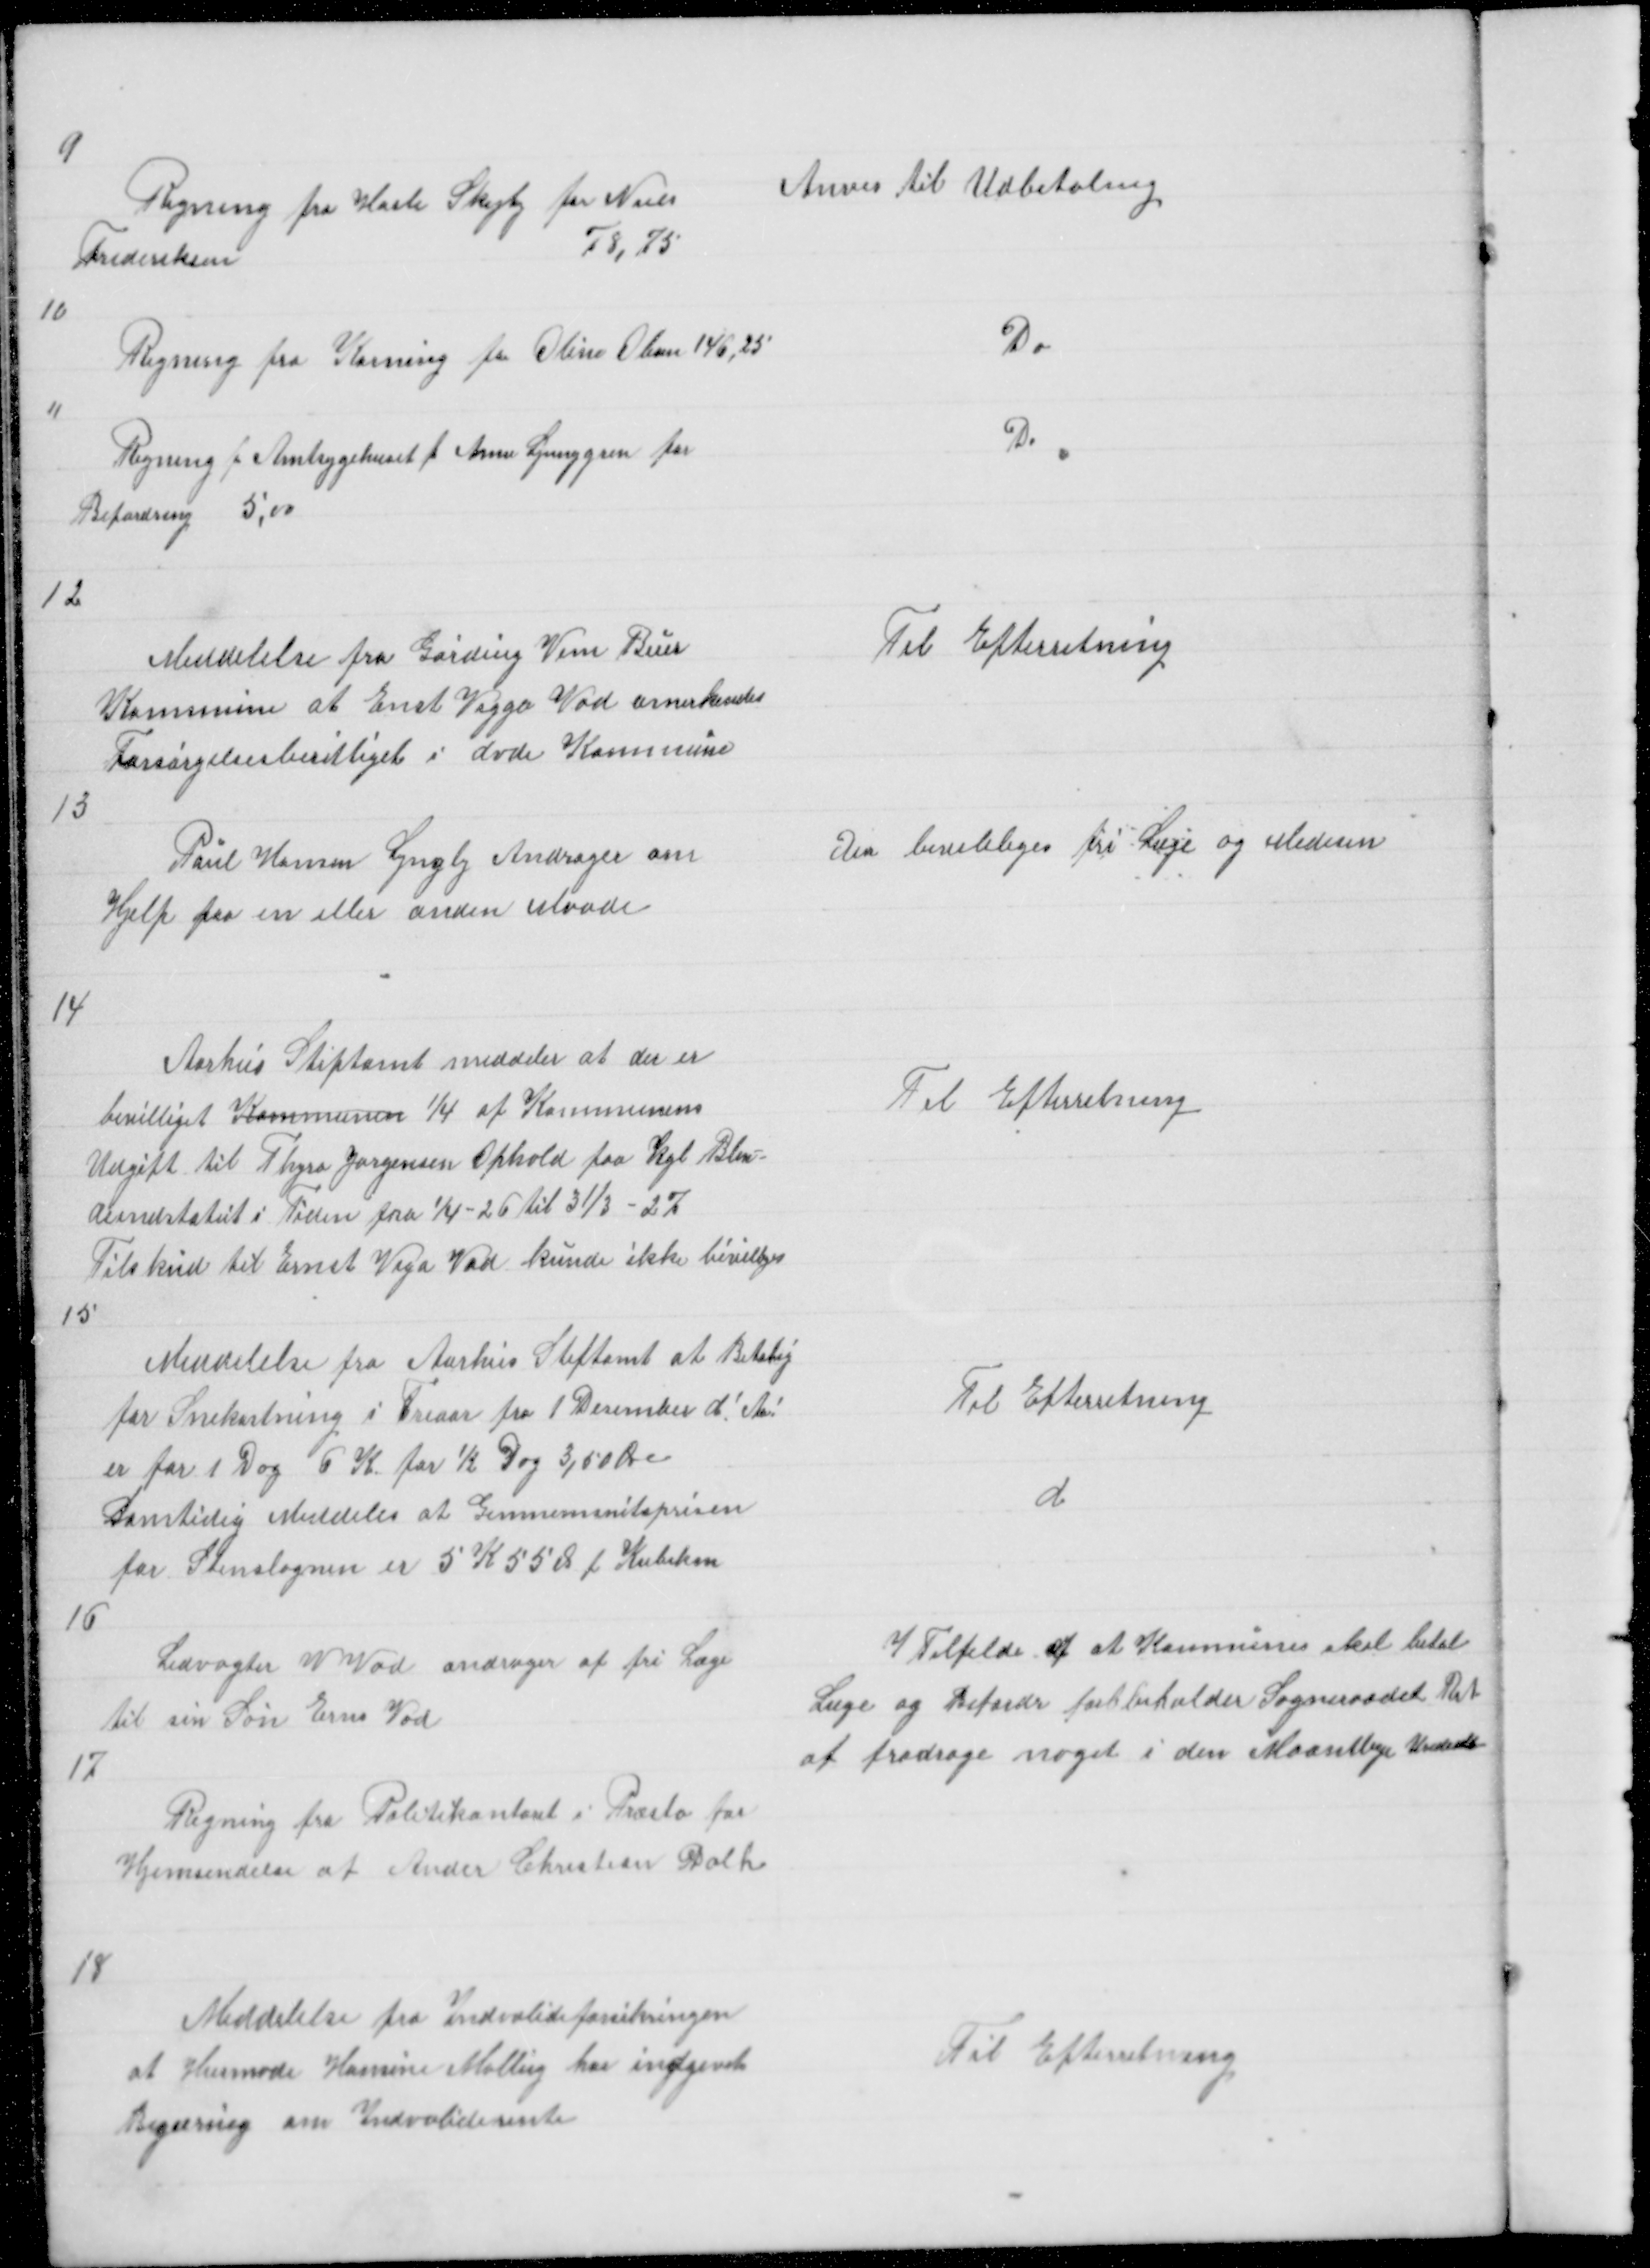
Transskription:
9
Regning fra Hasle Skejby for Niels
Frederiksen
78,75

Anvis til Udbetaling

10

Regning fra Korning for Oline Olsen 146,25

Do

11

Regning f Amtsygehuset f Anne Ljunggren for
Befordring 5,00

Do

12

Meddelelse fra Gørding Vem Buer
Kommune at Ernst Viggo Vad anerkendes
Forsørgelsesberettiget i dvde Kommune

Til Efterretning

13

Poul Hansen Lyngby Andrager om
Hjelp paa en eller anden Maade

Der beviliges fri Læge og Medesin

14
Aarhus Stiftamt meddeler at der er
bevilliget Kommunen 1/4 af Kommunens
Udgift til Thyra Jørgensen Ophold paa Kgl Bli =
deindstatut i Tiden fra 1/4 - 26 til 31/3 - 27
Tilskud til Ernst Vigo Vad kunde ikke bevilliges
15

Til Efterretning

Meddelelse fra Aarhus Stiftamt at Betalig
for Snekastning i Treaar fra 1 December d! A!
er for 1 dag 6 K for ½ Dag 3,50 Øre
Samtidig Meddeles at Gennemsnitsprisen
for Stenslagnin er 5 k 55 Ø p Kubikm

Til Efterretning
d

16

Ledvogter V Vad andrager af fri Læge
til sin Søn Erns Vad

I Tilfelde af at Kommunen skal betal
Læge og Befordr forbeholder Sogneraadet Ret
at fradrage noget i den Maantlige Under

17

Regning fra Politikontoret i Præstø for
Hjemsendelse af Ander Christian Dahl

18

Meddelelse fra Indvalideforsikringen
at Husmode Hansine Malling har indgivet
Begæring om Indvaliderente

Til Efterretning